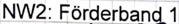
Text: NW2: Förderband 1